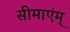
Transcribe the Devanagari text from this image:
सीमाएंम्